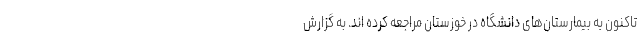
تاکنون به بیمارستان‌های دانشگاه در خوزستان مراجعه کرده اند. به گزارش